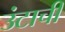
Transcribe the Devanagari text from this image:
उंटाची